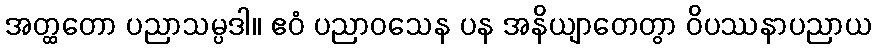
အတ္ထတော ပညာသမ္ပဒါ။ ဧဝံ ပညာဝသေန ပန အနိယျာတေတွာ ဝိပဿနာပညာယ